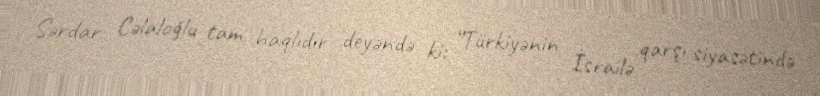
Sərdar Cəlaloğlu tam haqlıdır deyəndə ki: “Türkiyənin İsrailə qarşı siyasətində